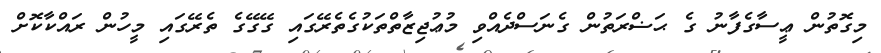
މިގޮތުން ޢީސާގެފާނު ގެ ޙަޟްރަތުން ގެނަސްދެއްވި މުޢުޖިޒާތްތަކުގެތެރޭގައި ގޭގޭގެ ތެރޭގައި މީހުން ރައްކާކޮށް